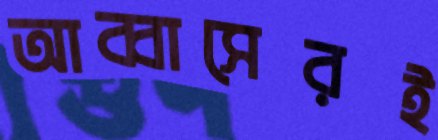
আব্বাসেরই